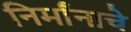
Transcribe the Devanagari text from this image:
निर्मांनाचे